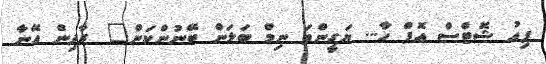
ފިއު ޝޮޓްސް އޮފް ހާ... ޔަގީންތަ ނިމް ބަލަން ބޭނުންކަން" ރާދިން އޭނާ